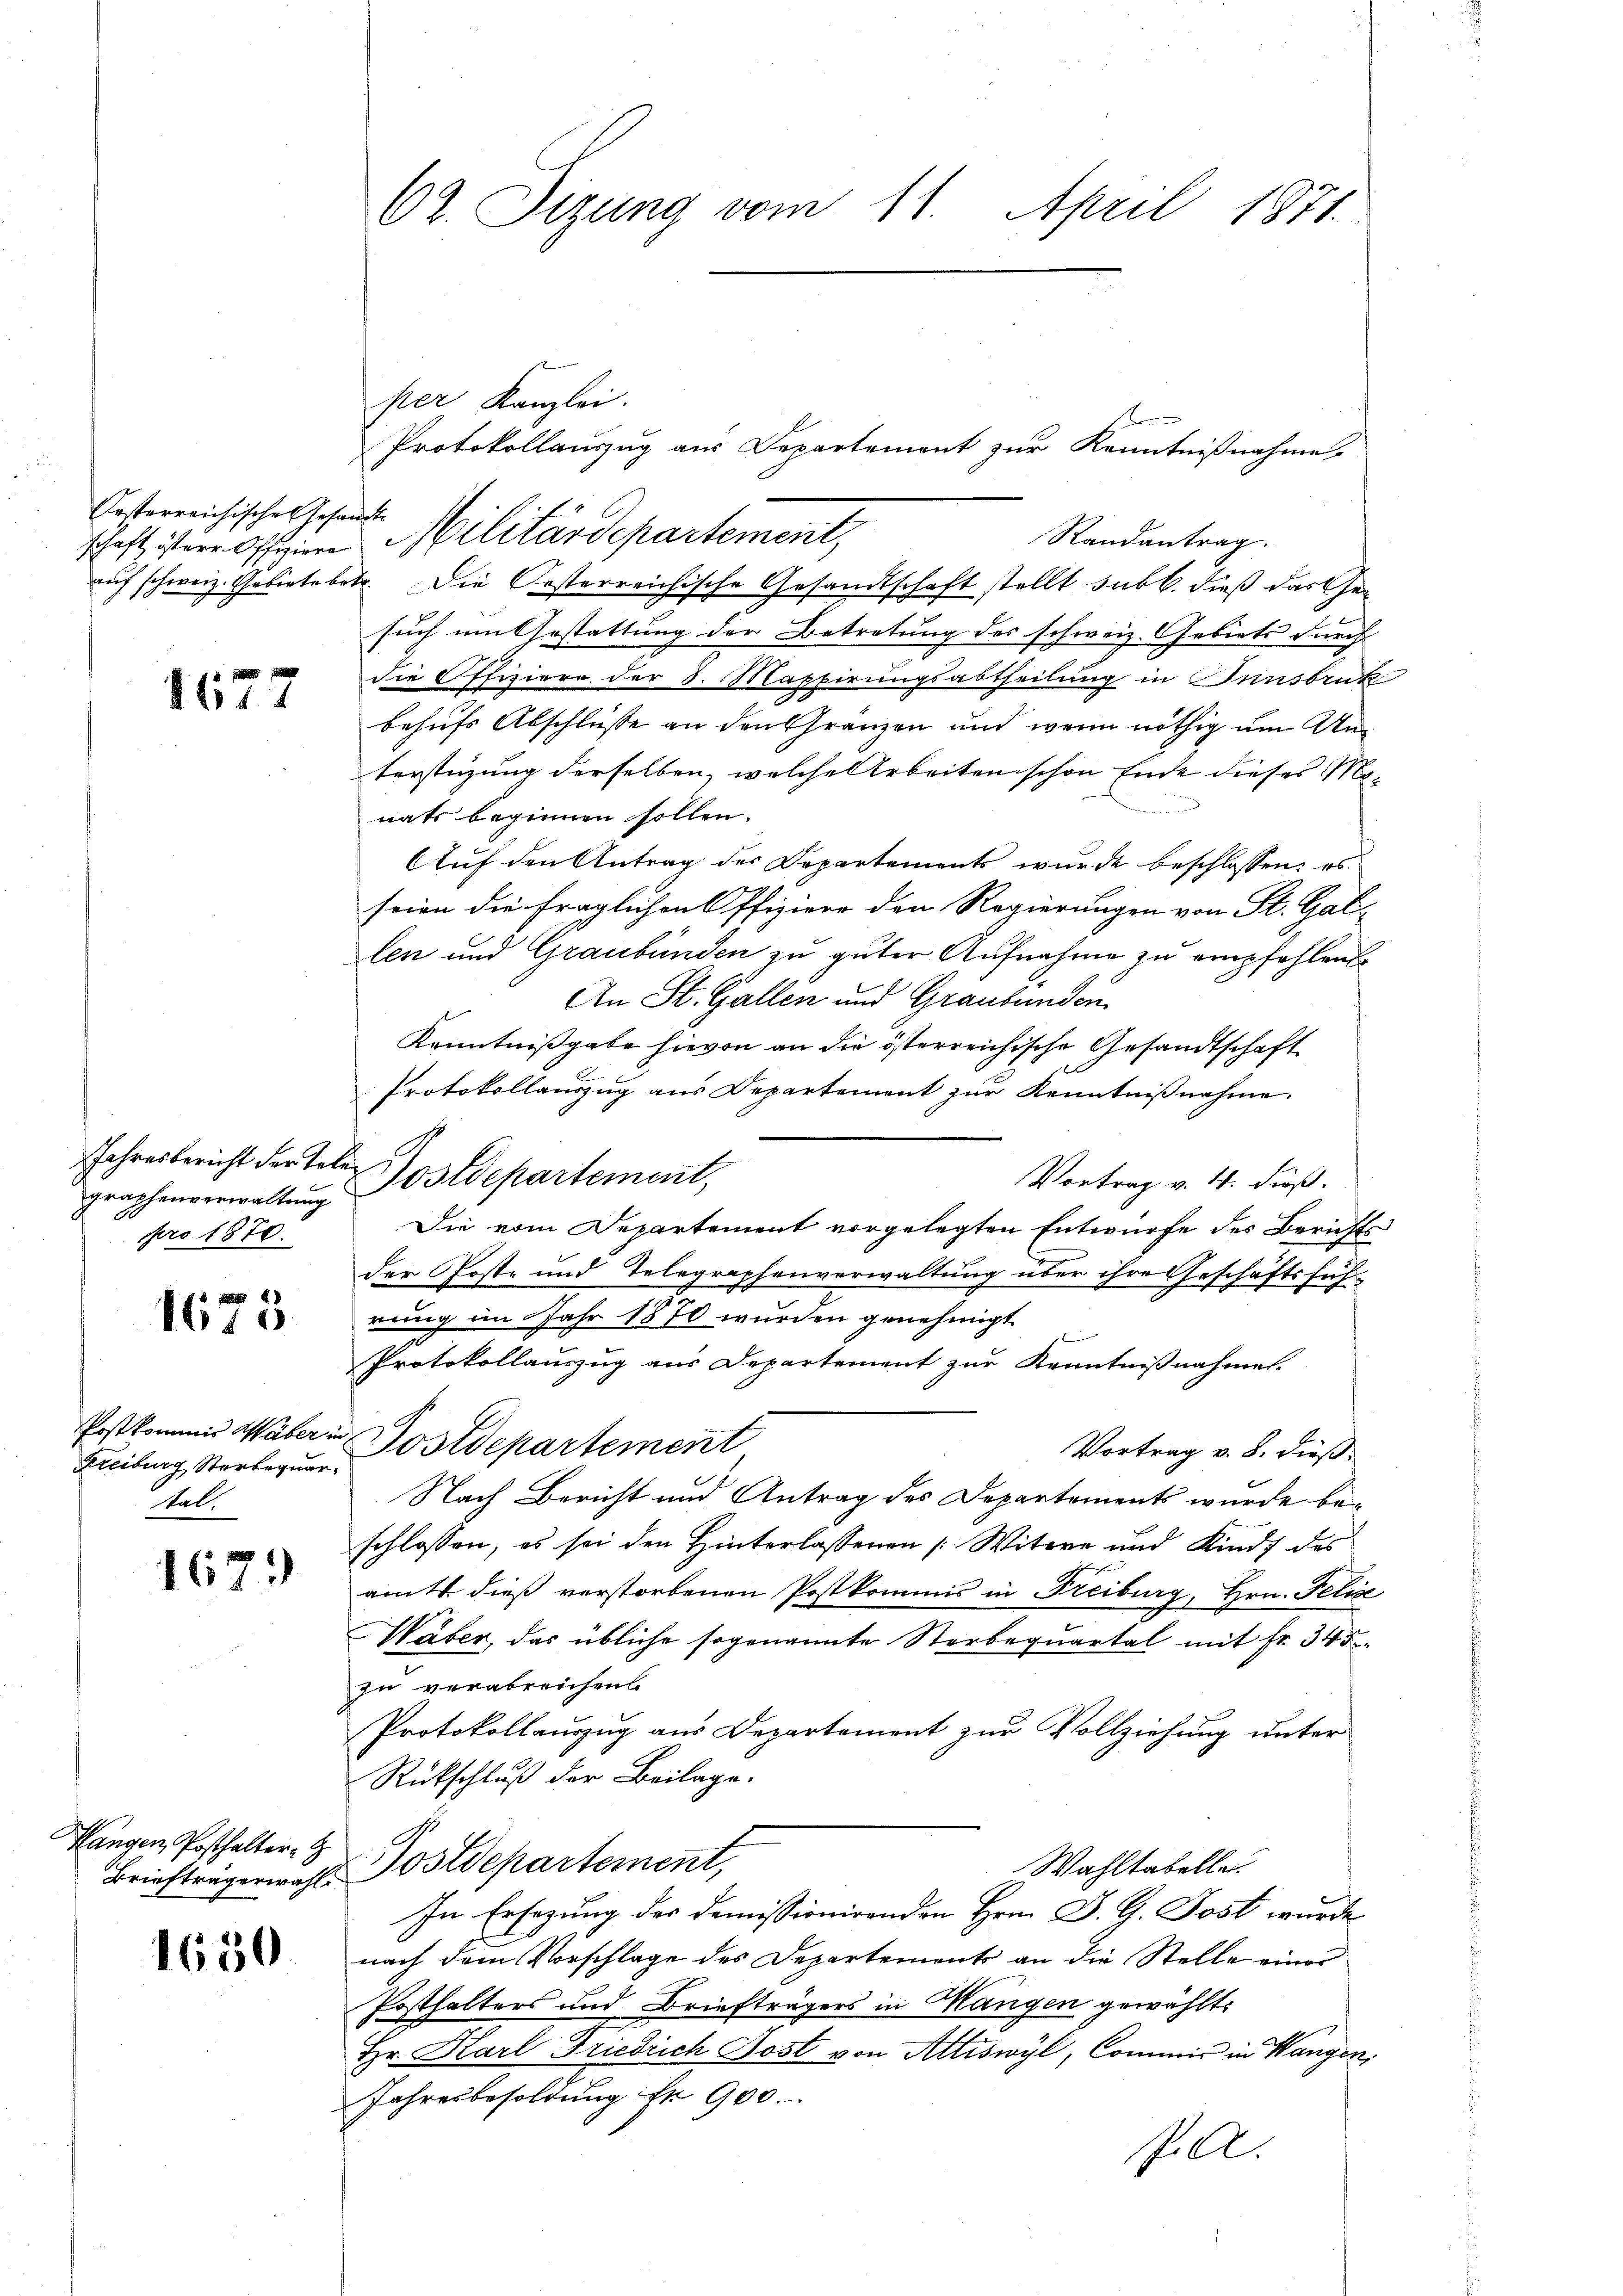
Casterreichische Gesandte

1677

Jahresbericht der Telegraphenverwaltung
ppro 1870.

1675

Freiburg Sterbequar
Tal.

1679

Hangen Posthalter- G

1650

62. Sizung vom 11. April 1871.

per Kanzlei.
Protokollauszug aus Departement zur Kenntnißnahme.
Randantrag.
auf schweiz. Gebiete betr. Die Oesterreichische Gesandtschaft stellt subb. dieß das Gesuch um Gestattung der Betretung des schweiz. Gebiets durch
die Offiziere der 8. Mappirungsabtheilung in Innsbruk
behufs Abschlüsse an den Gränzen und wenn nöthig um Unterstüzung derselben, welche Arbeiten schon Ende dieses Monats beginnen sollen.
Auf den Antrag der Departements wurde beschlossen: es
seien die fraglichen Offiziere den Regierungen von St. Gal-
len und Graubünden zu guter Aufnahme zu empfehlen
An St. Gallen und Graubünden
Kenntnißgabe hievon an die österreichische Gesandtschaft
Protokollauszug aus Departement zur Kenntnißnahme.
Postdepartement,
Vortrag v. 4. dieß.
Die vom Departement vorgelegten Entwurfe des Berichts
der Post- und Telegraphenverwaltung über ihre Geschäftsführung im Jahr 1870 wurden genehmigt
Protokollauszug aus Departement zur Kenntnißnahmes.
Postkommis Waber in Postdepartement
Vortrag v. 8. dieß
Nach Bericht und Antrag des Departements wurde beschlossen, es sei den Hinterlassenen [Witwe und Kind des
amt dieß verstorbenen Postkommis in Freiburg, Hrn. Felse
Haber, das übliche sogenannte Sterbequartal mit Fr. 345
zu verabreichen.
Protokollauszug aus Departement zur Vollziehung unter
Rückschluß der Beilage.
Wahltabelle.
Brieftrügermahl-Postdepartement,
In Ersezung des Demissionirenden Hrn. J. G. Post wurde
nach dem Vorschlage des Departements an die Stelle eines
Posthalters und Briefträgers in Mangen gewählt:
Hr. Karl Friedrich Post von Attiswyl, Commis in Wangen,
Jahresbesoldung fr. 900.
f.

schaft ister Officiere Militärdepartement,